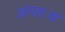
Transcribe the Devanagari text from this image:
अंगतःच